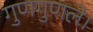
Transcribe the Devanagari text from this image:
गुणगुणले।